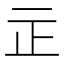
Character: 㱏